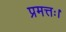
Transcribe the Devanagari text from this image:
प्रमत्तः।